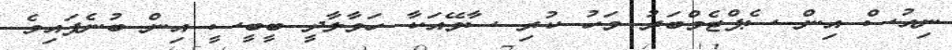
ނިއުސް އިން ސެޕްޓެމްބަރު މަހު ކުރި ސާވޭއަކާ ހަވާލާދީ ބީބީސީ އިން ބުނެފައިވެ